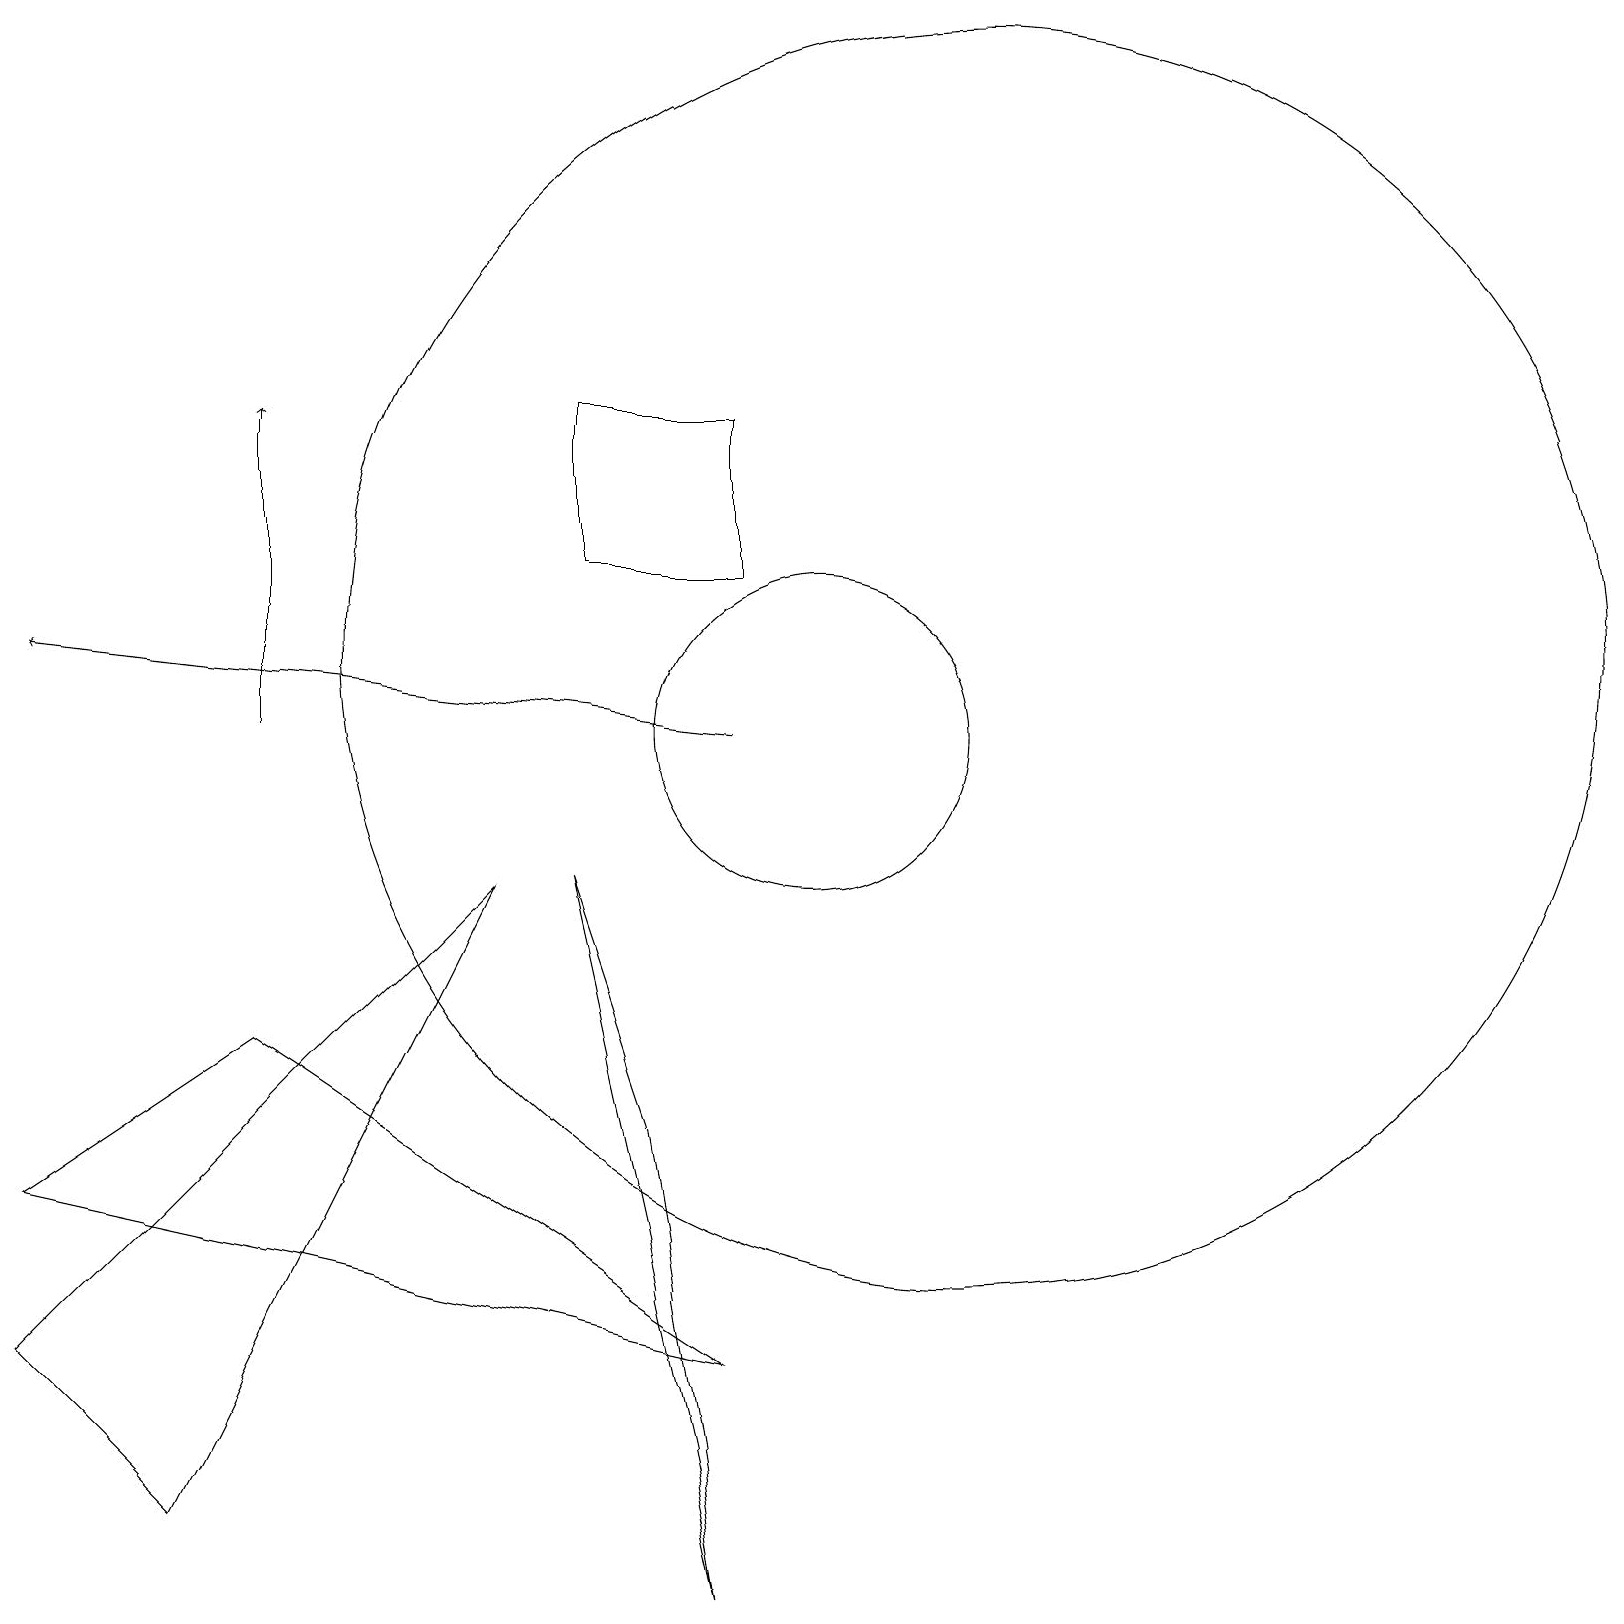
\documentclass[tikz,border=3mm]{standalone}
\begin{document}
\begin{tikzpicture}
\draw (3,7) -- (9,3) -- (0,5) -- cycle;
\draw (12,12) circle (8);
\draw (7,9) -- (8,6) -- (9,0) -- cycle;
\draw (6,9) -- (2,1) -- (0,3) -- cycle;
\draw[->] (3,11) -- (3,15);
\draw (7,13) rectangle (9,15);
\draw (10,11) circle (2);
\draw[->] (9,11) -- (0,12);
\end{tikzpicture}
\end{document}